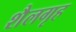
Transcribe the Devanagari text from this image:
शैलगृह